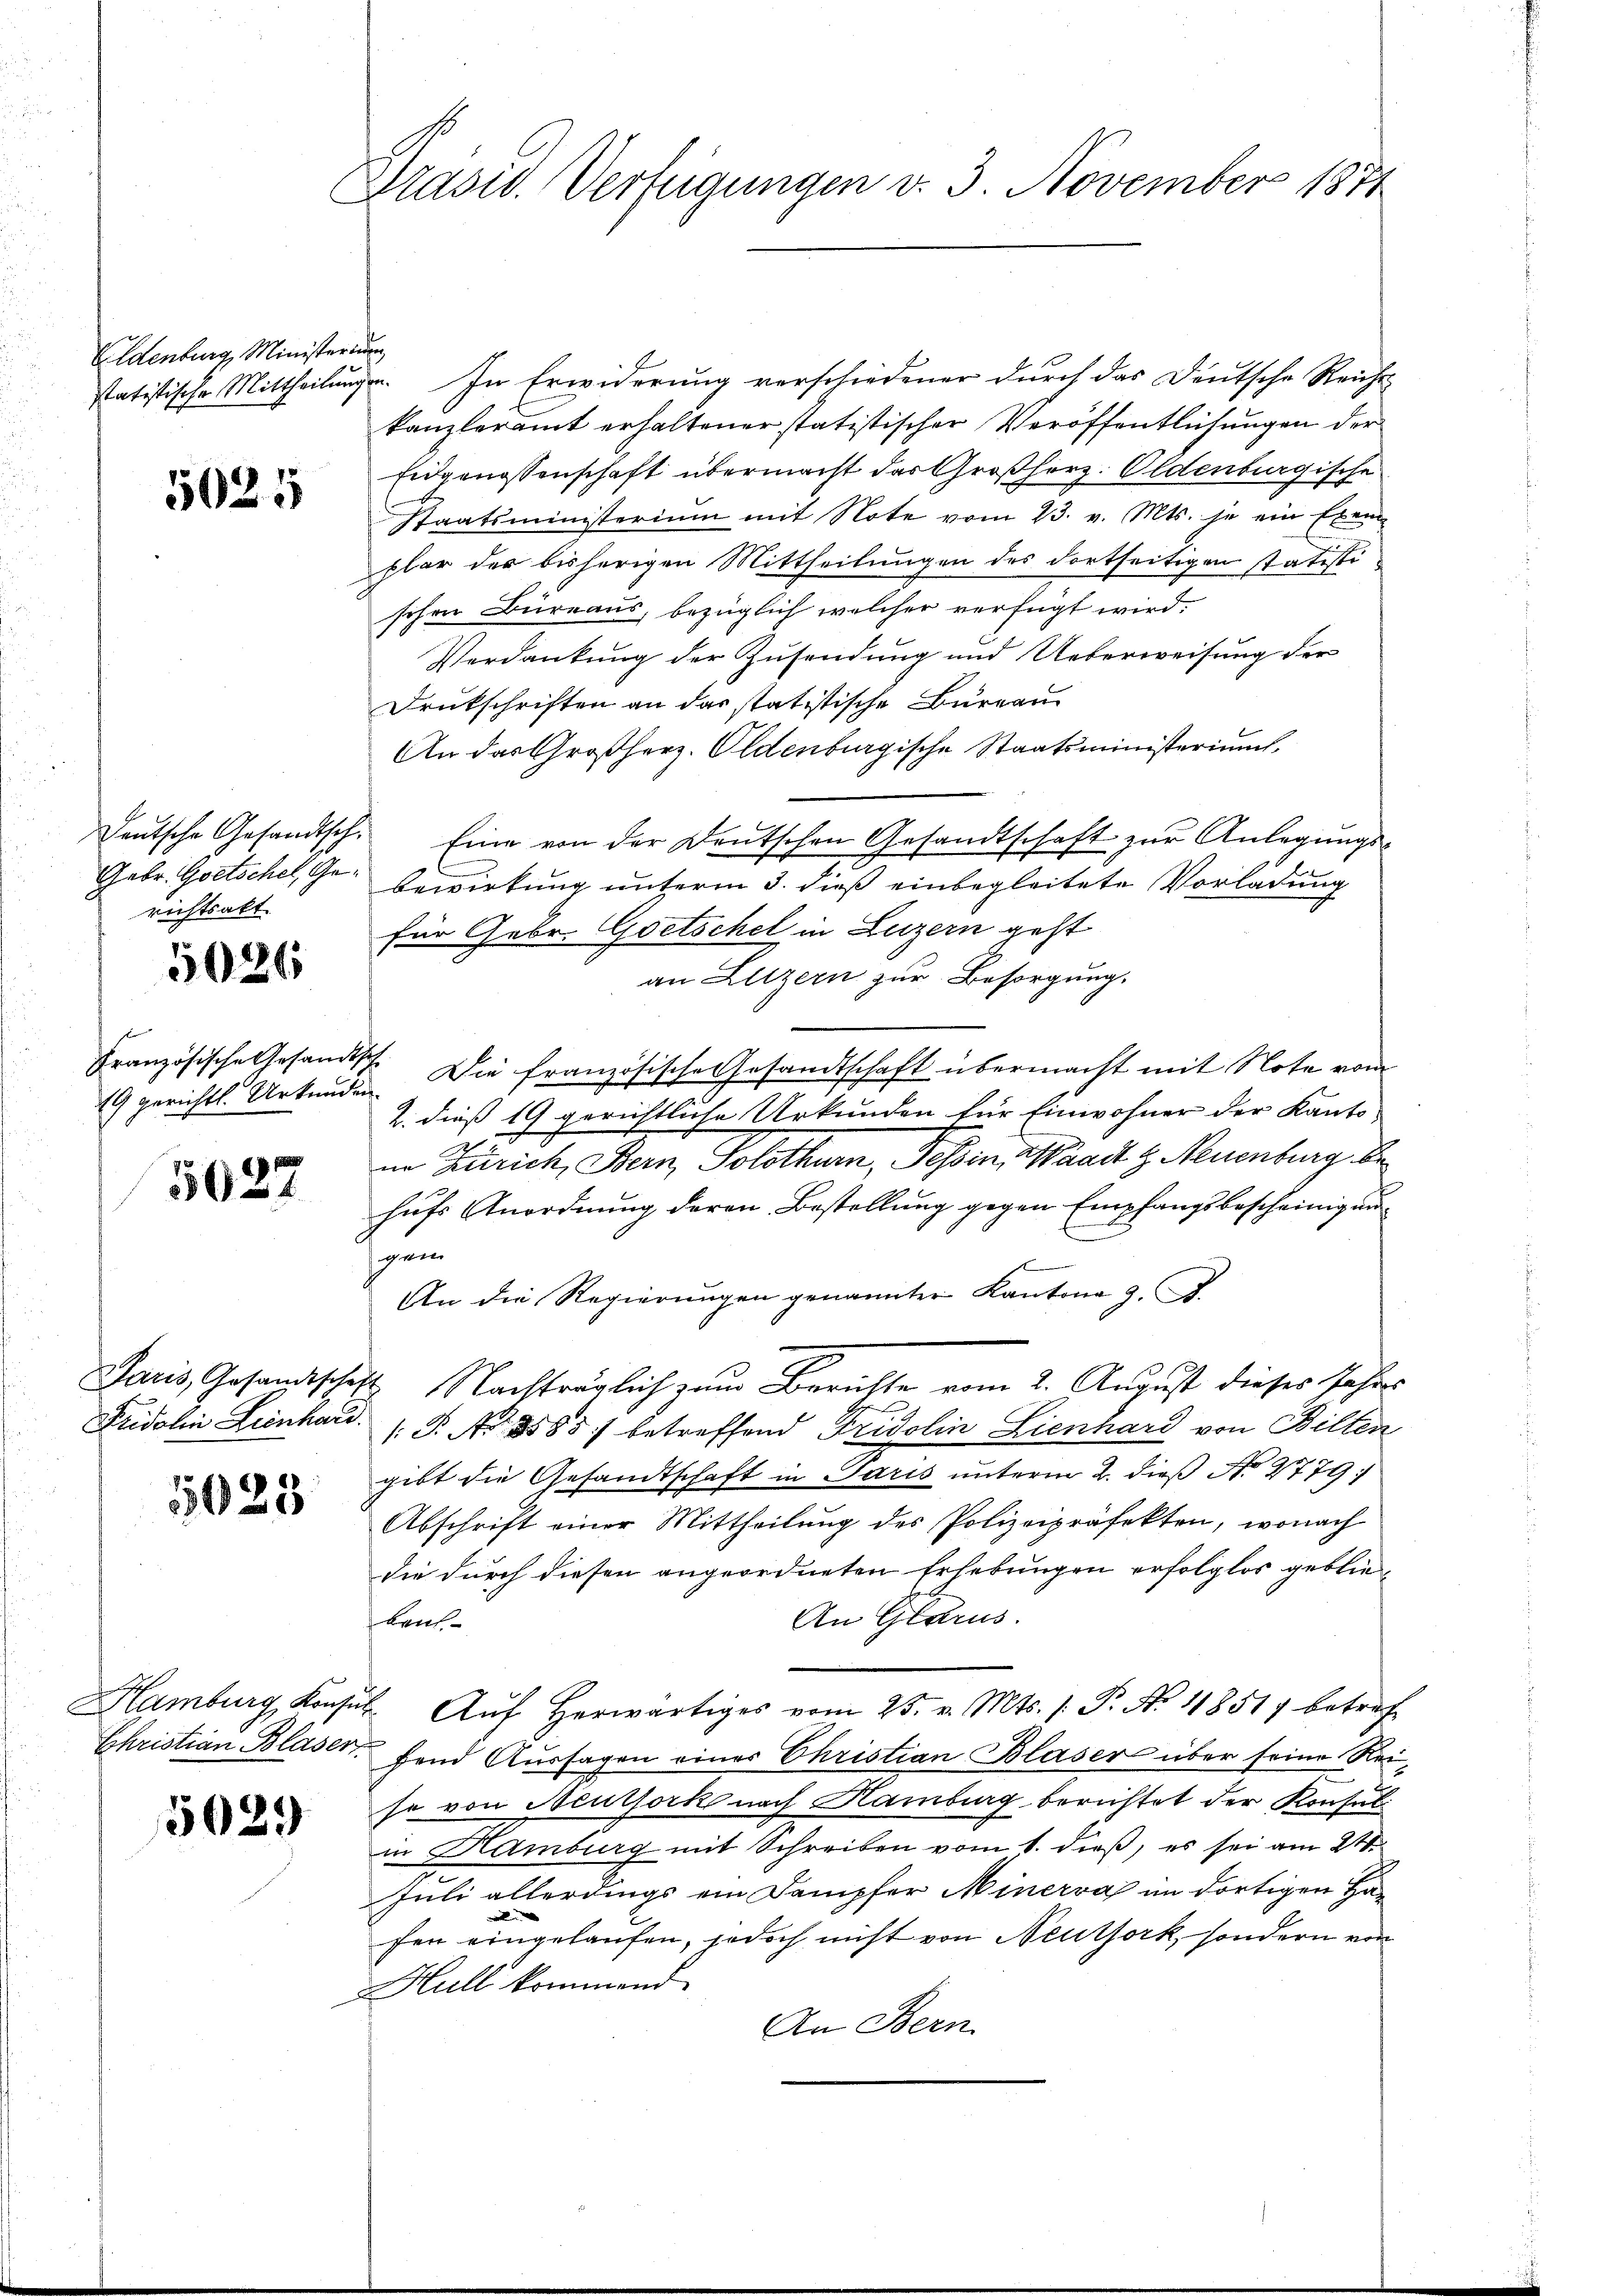
Eldenburg, Ministerium

5025

richtsakt

5026

19 gerichtl. Urkunden.

5027

55623

5029

Präsid. Verfügungen v. 3. November 1871

statistische Mittheilungen. In Erwiderung verschiedener durch das Deutsche Reicht
kanzleramt erhaltener statistischer Veröffentlichungen der
Eidgenossenschaft übermacht das Großherz. Oldenburgische
Staatsministerium mit Note vom 23. v. Mts. je ein Exem-
plar der bisherigen Mittheilungen des dortseitigen statisti
schen Büreaus, bezüglich welcher verfügt wird.
Verdankung der Zusendung und Ueberweisung der
Drukschriften an das statistische Bureau
An das Großherz. Oldenburgische Staatsministerium.
deŭtsche Gesandtsch. Eine von der Deutschen Gesandtschaft zŭr Anlegŭngs-
Gebr. Goetschel, Ge- Bewirkung unterm 3. dieß einbegleitete Vorladung
für Gebr. Goetschel in Luzern geht
an Luzern zur Besorgung.
Französische Gesandtsch. Die französische Gesandtschaft übermacht mit Note vom
2. dieß 19 gerichtliche Urkunden für Einwohner der Kanto
nn Zürich, Bern, Solothurn, Tessin, Waadt g. Neuenburg behufs Anordnung deren Bestellung gegen Empfangsbescheinigung
gem
An die Regierŭngen genannter Kantone z. B.
Paris, Gesandtschaft Nachträglich zum Berichte vom 2. August dieses Jahres
Fridolin Lienhaus P. Nr. 8585) betreffend Fridolin Lienhard von Bilten
gibt die Gesandtschaft in Paris unterm 2. dieß No 2779:
Abschrift einer Mittheilung des Polizeipräfekten, wonach
die durch diesen angeordneten Erhebungen erfolglos geblie¬
An Glarus.
Laus.
Hamburg Konsŭl. Aŭf herwärtiges vom 25. v. Mts. /: P. No 11851 betref
Christian Blaser, fand Aussagen einer Christian Blaser über seine Reijo von Neuthork nach Hamburg berichtet der Konsul
in Hamburg mit Schreiben vom 1. dieß, es sei am 21.
Juli allerdings ein Dampfer Minerva im dortigen Ha-
e
fen eingelaufen, jedoch nicht von Neuthork, sondern von
Hull kommend.
An Bern